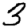
Digit: 3